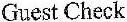
GUEST CHECK